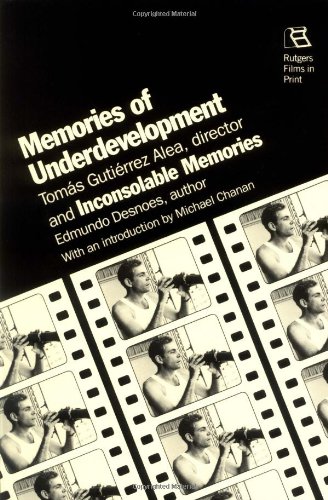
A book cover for Memories Of Underdevelopment (Rutgers Films in Print series); Michael Chanan; Humor & Entertainment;